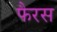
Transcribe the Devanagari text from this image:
फैरस